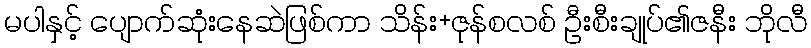
မပါနှင့် ပျောက်ဆုံးနေဆဲဖြစ်ကာ သိန်း+ဇုန်စလစ် ဦးစီးချုပ်၏ဇနီး ဘိုလီ